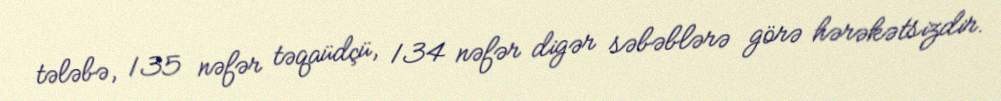
tələbə, 135 nəfər təqaüdçü, 134 nəfər digər səbəblərə görə hərəkətsizdir.